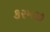
કરમજી